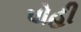
પોહી